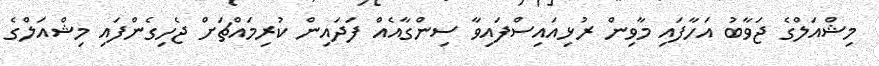
މިޝްއަލްގެ ޖަވާބު އަހާފައި މާވިން ރުޅިއައިސްފައިވާ ސިންގާއެއް ފަދައިން ކުރިމައްޗަށް ޖެހިގެންފައި މިޝްއަލްގެ